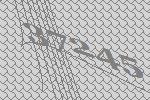
37245